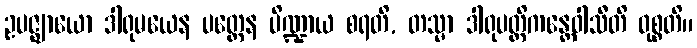
ဥပဇ္ဈာယော ဒါရုမယေန ပတ္တေန ပိဏ္ဍာယ စရတိ, တသ္မာ ဒါရုပတ္တိကန္တေဝါသီတိ ဝုစ္စတိ။